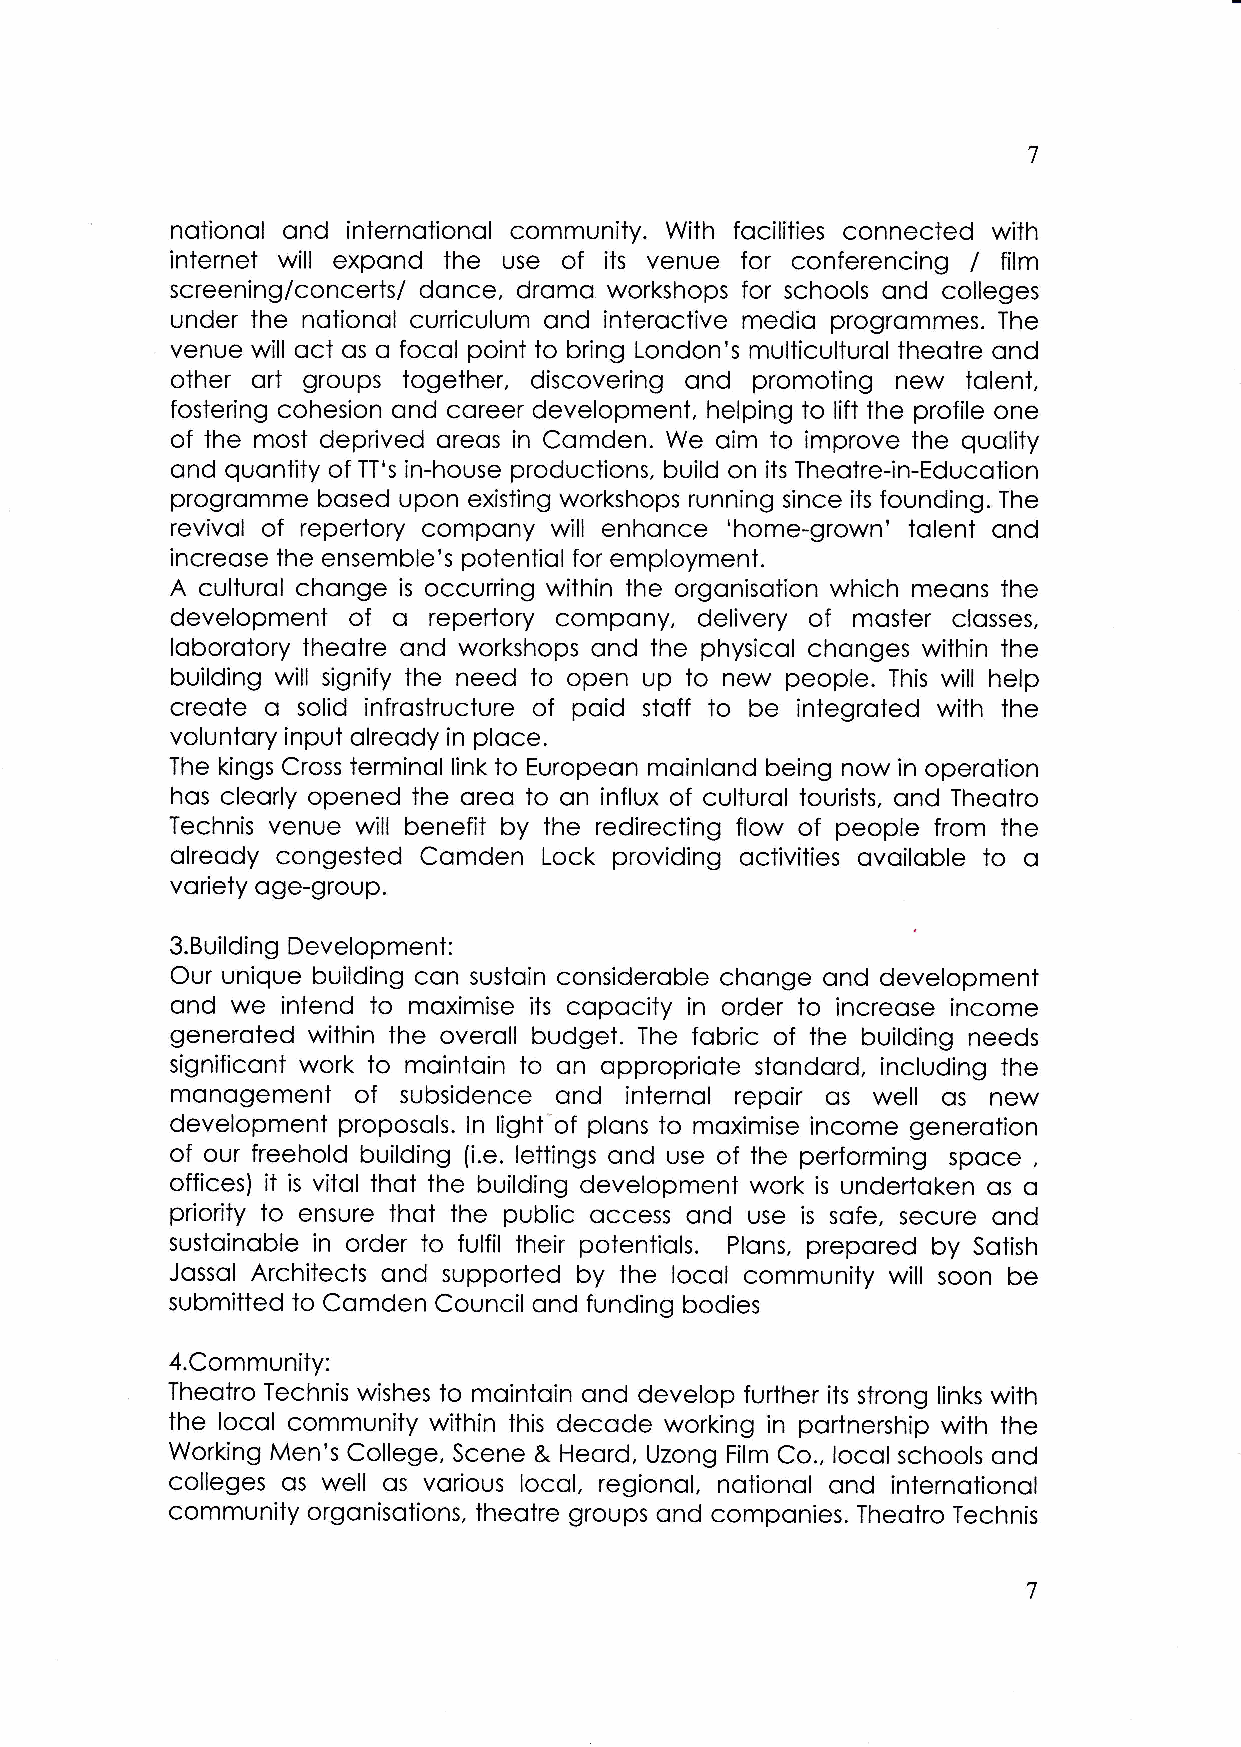
7
 notionol ond internotionol community. With focilities connected with
 internet will expond the use of its venue for conferencing / film
 screening/concerts/ donce, dromo workshops for schools ond colleges
 under the notionol curriculum ond interoctive medio progrommes. The
 venue will oct os o focol point to bring London's multiculturol theotre ond
 other ort groups together, discovering ond promoting new tolent,
 fostering cohesion ond coreer development, helping to lift the profile one
 of the most deprived oreos in Comden. We oim to improve the quolity
 ond quontity of TT's in-house productions, build on its Theotre-in-Educotion
 progromme bosed upon exisiing workshops running since its founding. The
 revivol of repertory compony will enhonce 'home-grown' tolent ond
 increose ihe ensemble's potentiol for employment.
 A culturol chonge is occurring within the orgonisotion which meons the
 of o                           of
 development      repertory compony, delivery moster closses,
 loborotory theotre ond workshops ond the physicol chonges within the
 building will signify the need to open up to new people. This will help
 creote o solid infrostructure of poid stoff to be integroted with the
 voluntory input olreody in ploce.
 The kings Cross terminol link to Europeon moinlond being now in operotion
 hos cleorly opened the oreo to on influx of culturol tourists, ond Theoiro
 Technis venue will benefit by ihe redirecting flow of people from ihe
 olreody congested Comden Lock providing octivities ovoiloble to o
 voriety oge-group.
 3.Building Development:
 Our unique building con sustoin consideroble chonge ond development
 ond we  intend to moximise its copocity in order to increose income
 generoted within the overoll budget. The fobric of the building needs
 significoni work to mointoin to on oppropriote stondord, including the
 monogement   of subsidence ond internol repoir os well os new
 development proposols. ln light'of plons to moximise income generotion
 of our freehold building (i.e. lettings ond use of the performing spoce
 ,
 offices) it is vitol thot the building development work is undertoken os o
 priority to ensure thot the public occess ond use is sofe, secure ond
 sustoinoble in order to fulfil their potentiols. Plons, prepored by Sotish
 Jossol Architects ond supported by the locol community will soon be
 submitted to Comden Council ond funding bodies
 4.Community:
 Theotro Technis wishes to mointoin ond develop further its strong links with
 the locol community within this decode working in portnership with the
 working Men's college, scene & Heord, Uzong Film co., locol schoors ond
 colleges os well os vorious locol, regionol, notionol ond internotionol
 community orgonisotions, theotre groups ond componies. Theotro Technis